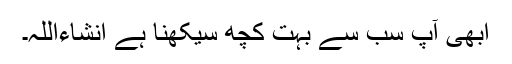
ابھی آپ سب سے بہت کچھ سیکھنا ہے انشاءاللہ۔